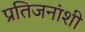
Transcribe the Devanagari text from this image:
प्रतिजनांशी